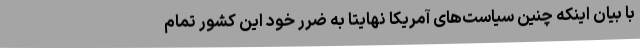
با بیان اینکه چنین سیاست‌های آمریکا نهایتاََ به ضرر خود این کشور تمام